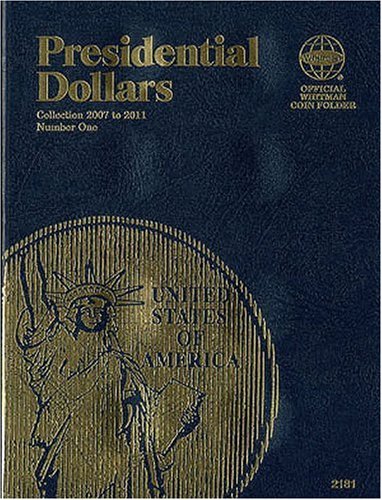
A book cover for Presidential Folder Vol. I (Official Whitman Coin Folder); Whitman Publishing; Crafts, Hobbies & Home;